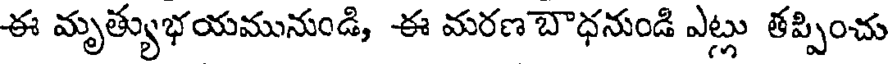
ఈ మృత్యుభయమునుండి, -ఈ మరణ బౌధనుండి ఎట్లు తప్పించు